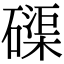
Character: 磲